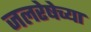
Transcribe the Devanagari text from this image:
जलरेषेच्या